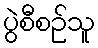
ပွဲစီစဉ်သူ